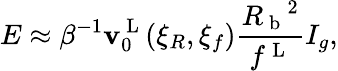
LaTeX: E\approx\beta^{-1}\mathbf{v}_{0}^{\mathrm{{~L~}}}(\xi_{R},\xi_{f})\frac{{{R_{\mathrm{{~b~}}}}^{2}}}{{f^{\mathrm{{~L~}}}}}I_{g},